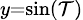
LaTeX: \scriptstyle{y=\sin(\mathcal{T})}